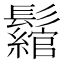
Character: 𩯪